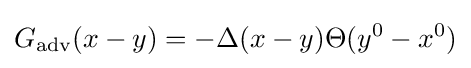
G_{\text{adv}}(x-y)=-\Delta (x-y)\Theta (y^{0}-x^{0})